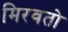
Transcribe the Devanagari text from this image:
मिरवतो